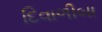
દિવાળીબા